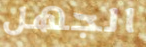
الجهل